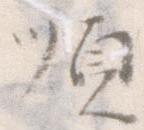
順